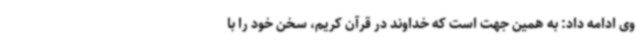
وی ادامه داد: به همین جهت است که خداوند در قرآن کریم، سخن خود را با